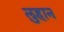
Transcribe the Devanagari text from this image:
लुहान